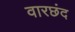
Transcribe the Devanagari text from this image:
वारछंद